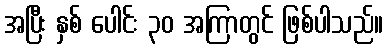
အပြီး နှစ် ပေါင်း ၃၀ အကြာတွင် ဖြစ်ပါသည်။